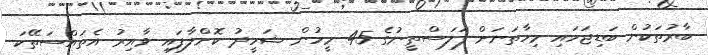
ބާރުތަކުން ބަޑިޖަހައި މިހާތަނަށް ފަލަސްތީނުގެ 45 މީހުން ޝަހީދު ކޮށްލާފައި ވާއިރު އެތައްސަތޭކަ